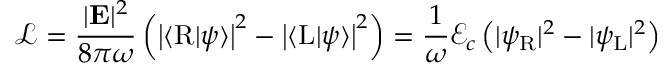
{ \mathcal { L } } = { \frac { \vert \mathbf { E } \vert ^ { 2 } } { 8 \pi \omega } } \left( \left\vert \langle \mathrm { R } | \psi \rangle \right\vert ^ { 2 } - \left\vert \langle \mathrm { L } | \psi \rangle \right\vert ^ { 2 } \right) = { \frac { 1 } { \omega } } { \mathcal { E } } _ { c } \left( \vert \psi _ { \mathrm { { R } } } \vert ^ { 2 } - \vert \psi _ { \mathrm { { L } } } \vert ^ { 2 } \right)